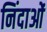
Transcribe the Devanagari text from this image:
निंदाओं